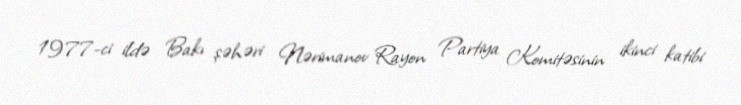
1977-ci ildə Bakı şəhəri Nərimanov Rayon Partiya Komitəsinin ikinci katibi